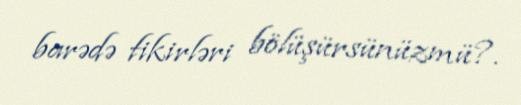
barədə fikirləri bölüşürsünüzmü?.